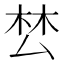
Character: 𭆟